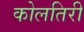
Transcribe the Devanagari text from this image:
कोलतिरी